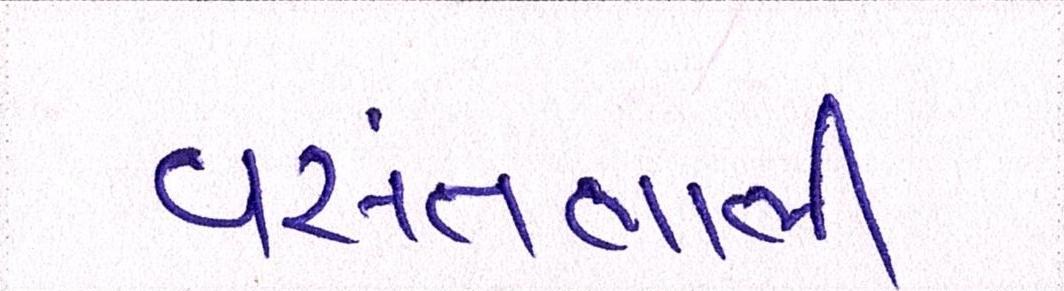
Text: વસંતભાભી